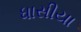
ધાસીયા